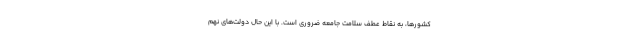
کشورها، به نقاط عطف سلامت جامعه ضروری است. با این حال دولت‌های نهم